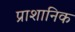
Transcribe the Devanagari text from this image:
प्राशानिक